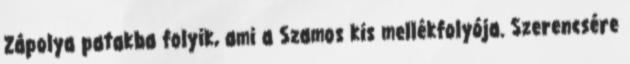
Zápolya patakba folyik, ami a Szamos kis mellékfolyója. Szerencsére